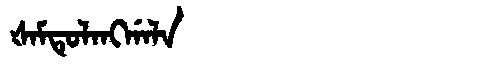
Manchu: ᡧᠠᠮᡨᡠᠯᠠᠩᡤᠠᠯᠠ
Romanization: ŠAMTULANGGALA